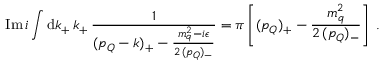
\mathrm { I m } \, i \int \mathrm { d } k _ { + } \, k _ { + } \, \frac { 1 } { ( p _ { Q } - k ) _ { + } - \frac { m _ { q } ^ { 2 } - i \epsilon } { 2 \, ( p _ { Q } ) _ { - } } } = \pi \left[ ( p _ { Q } ) _ { + } - \frac { m _ { q } ^ { 2 } } { 2 \, ( p _ { Q } ) _ { - } } \right] \; .